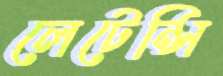
লেটেন্সি